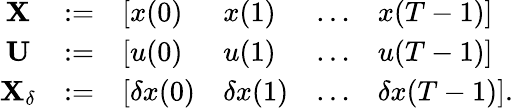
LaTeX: \begin{array}{r}{\begin{array}{ccllll}{\mathbf{X}}&{:=}&{[x(0)}&{x(1)}&{\ldots}&{x(T-1)]}\\ {\mathbf{U}}&{:=}&{[u(0)}&{u(1)}&{\ldots}&{u(T-1)]}\\ {\mathbf{X}_{\delta}}&{:=}&{[\delta x(0)}&{\delta x(1)}&{\ldots}&{\delta x(T-1)].}\end{array}}\end{array}